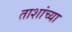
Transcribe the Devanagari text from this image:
ताशांच्या